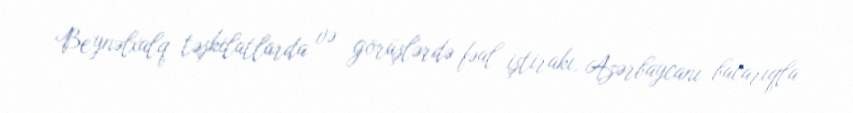
Beynəlxalq təşkilatlarda və görüşlərdə fəal iştirakı, Azərbaycanı bacarıqla